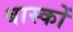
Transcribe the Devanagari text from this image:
बास्कों